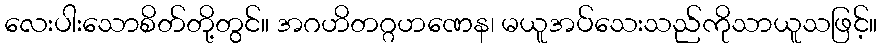
လေးပါးသောစိတ်တို့တွင်။ အဂဟိတဂ္ဂဟဏေန၊ မယူအပ်သေးသည်ကိုသာယူသဖြင့်။